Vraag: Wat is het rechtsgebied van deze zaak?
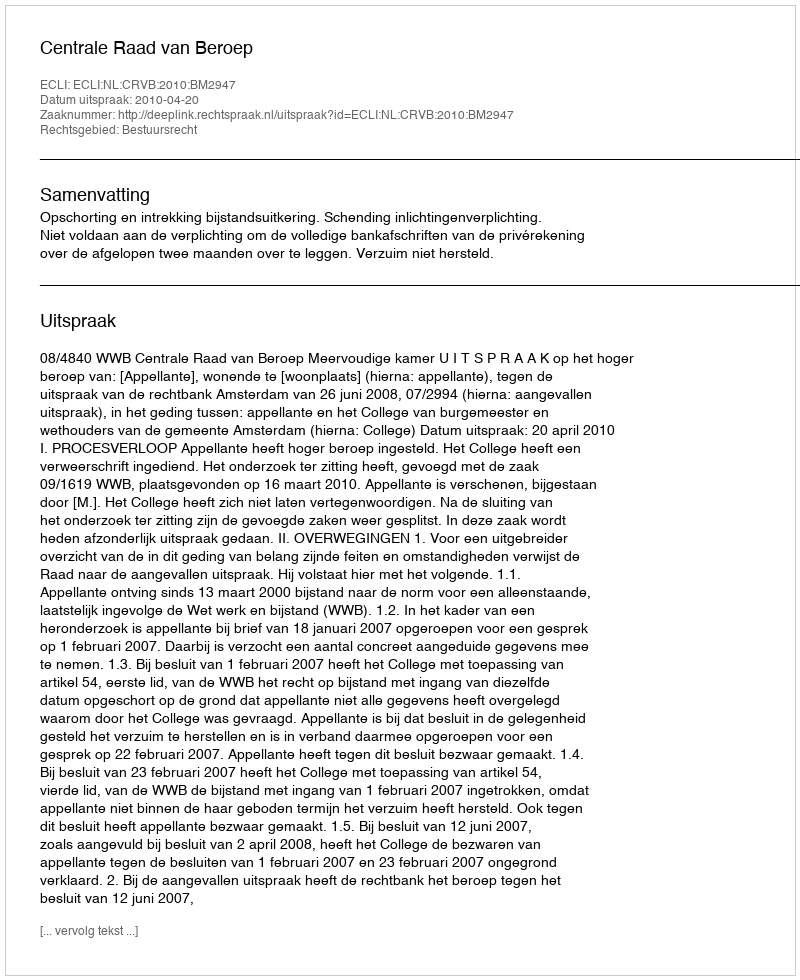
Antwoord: Bestuursrecht